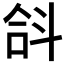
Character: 𣁴